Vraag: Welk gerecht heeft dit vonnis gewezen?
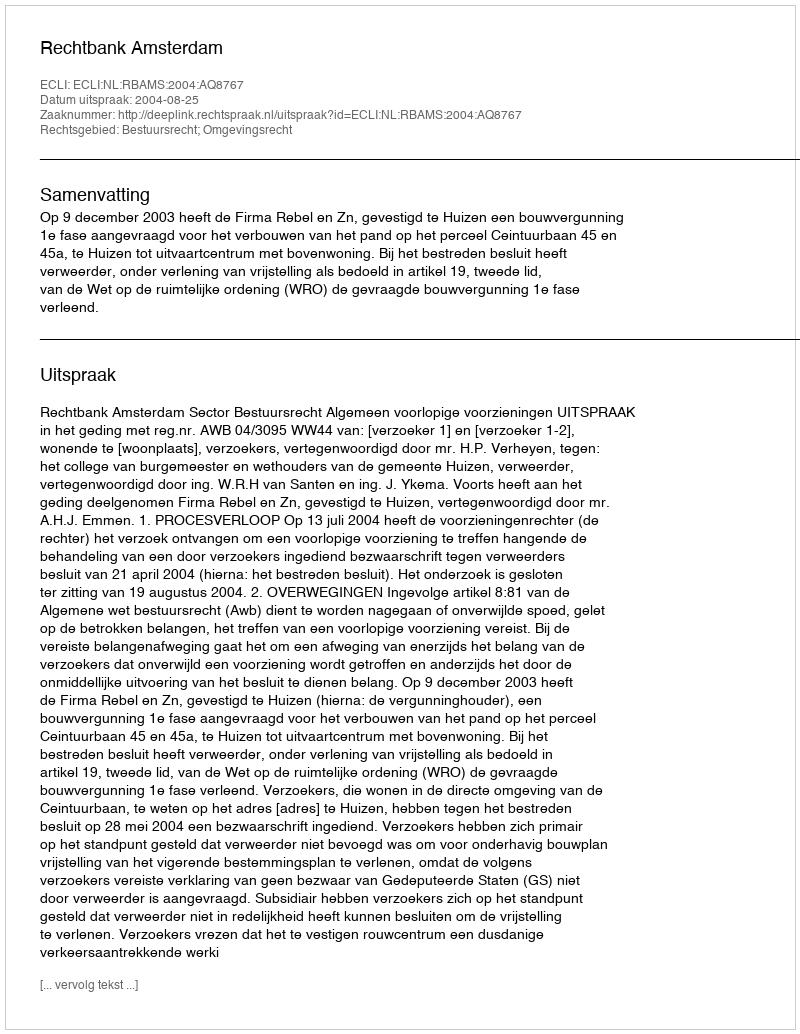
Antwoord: Rechtbank Amsterdam